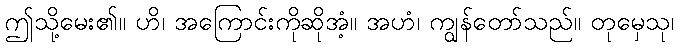
ဤသို့မေး၏။ ဟိ၊ အကြောင်းကိုဆိုအံ့။ အဟံ၊ ကျွန်တော်သည်။ တုမှေသု၊